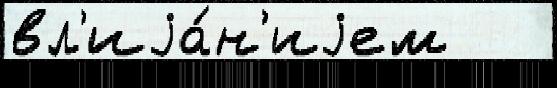
вл'иjа́н'иjем